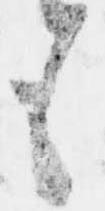
も